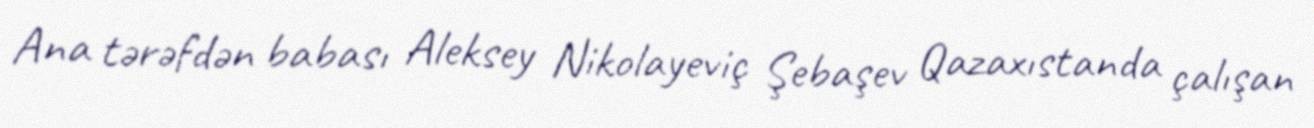
Ana tərəfdən babası Aleksey Nikolayeviç Şebaşev Qazaxıstanda çalışan